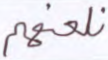
نلعنهم